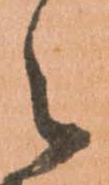
候